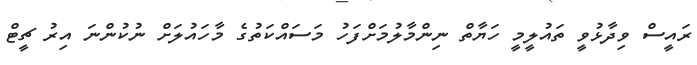
ރައީސް ވިދާޅުވީ ތައުލީމީ ހަޔާތް ނިންމާލުމަށްފަހު މަސައްކަތުގެ މާހައުލަށް ނުކުންނަ އިރު ޗީޓް